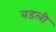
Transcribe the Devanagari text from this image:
बडली